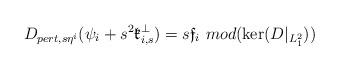
LaTeX: \begin{align*}D_{pert,s\eta^i}(\psi_i+s^2\mathfrak{k}^{\perp}_{i,s})=s\mathfrak{f}_i\mbox{ }mod(\ker(D|_{L^2_1}))\end{align*}